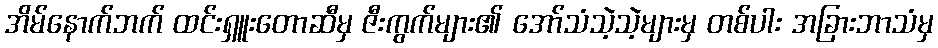
အိမ်နောက်ဘက် ထင်းရှူးတောဆီမှ ဇီးကွက်များ၏ အော်သံသဲ့သဲ့များမှ တစ်ပါး အခြားဘာသံမှ